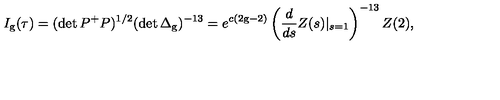
I _ { \mathrm { g } } ( \tau ) = ( \det P ^ { + } P ) ^ { 1 / 2 } ( \det \Delta _ { \mathrm { g } } ) ^ { - 1 3 } = e ^ { c ( 2 \mathrm { g } - 2 ) } \left( \frac { d } { d s } Z ( s ) | _ { s = 1 } \right) ^ { - 1 3 } Z ( 2 ) ,